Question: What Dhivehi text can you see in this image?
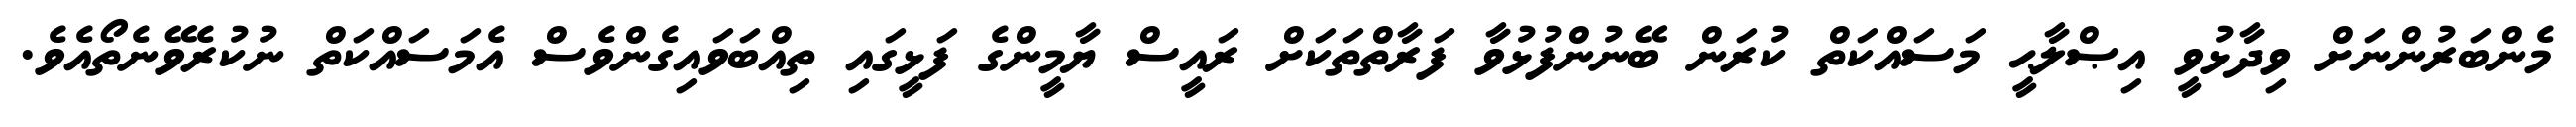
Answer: މެންބަރުންނަށް ވިދާޅުވީ އިޞްލާޙީ މަސައްކަތް ކުރަން ބޭނުންފުޅުވާ ފަރާތްތަކަށް ރައީސް ޔާމީންގެ ފަޅީގައި ތިއްބަވައިގެންވެސް އެމަސައްކަތް ނުކުރެވޭނެތޯއެވެ.